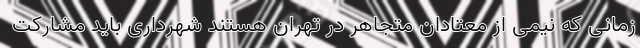
زمانی که نیمی از معتادان متجاهر در تهران هستند شهرداری باید مشارکت